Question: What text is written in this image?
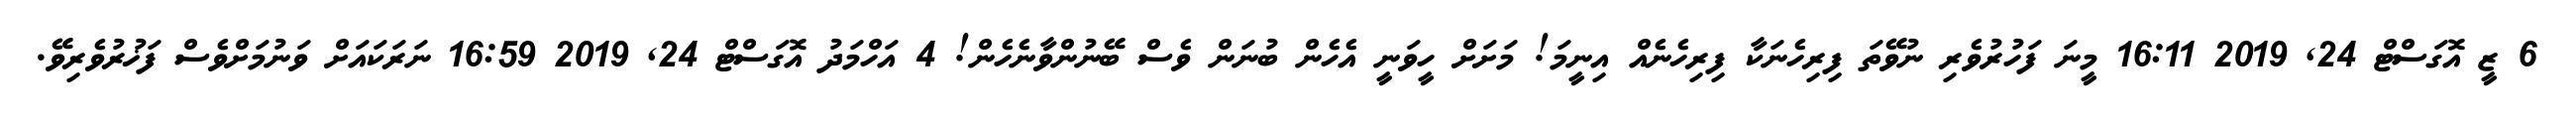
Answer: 6 ޒީ އޮގަސްޓް 24, 2019 16:11 މީނަ ފަހުރުވެރި ނުވޭތަ ފިރިހެނަކާ ފިރިހެނެއް އިނީމަ! މަށަށް ހީވަނީ އެހެން ބުނަން ވެސް ބޭނުންވާނެހެން! 4 އަހްމަދު އޮގަސްޓް 24, 2019 16:59 ނަރަކައަށް ވަނުމަށްވެސް ފަޚުރުވެރިވޭ.